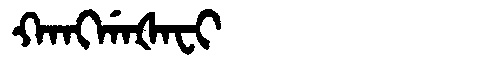
Manchu: ᡴᠠᠩᡤᠠᡧᠠᠸᡳ
Romanization: KANGGAŠAFI